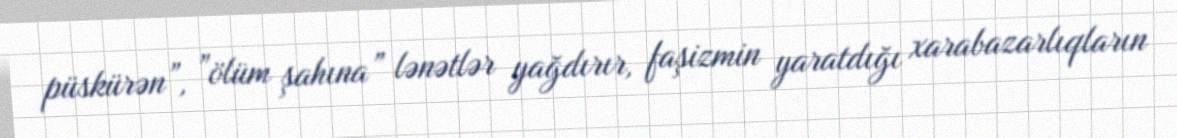
püskürən”, ”ölüm şahına” lənətlər yağdırır, faşizmin yaratdığı xarabazarlıqların